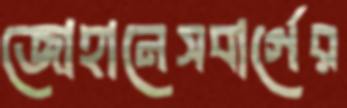
জোহানেসবার্গের